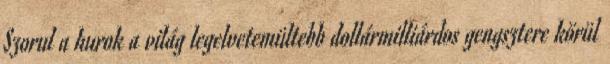
Szorul a hurok a világ legelvetemültebb dollármilliárdos gengsztere körül